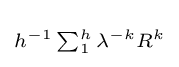
\scriptstyle h^{-1}\sum _{1}^{h}\lambda ^{-k}R^{k}